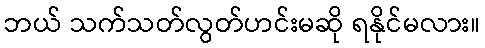
ဘယ် သက်သတ်လွတ်ဟင်းမဆို ရနိုင်မလား။